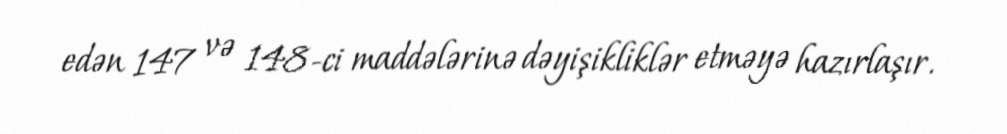
edən 147 və 148-ci maddələrinə dəyişikliklər etməyə hazırlaşır.